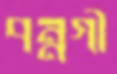
পন্নগী